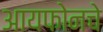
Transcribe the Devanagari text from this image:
आयफोनचे